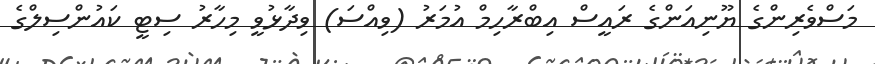
މަސްވެރިންގެ ޔޫނިއަންގެ ރައީސް އިބްރާހިމް އުމަރު (ވިއްސަ) ވިދާޅުވީ މިހާރު ސިޓީ ކައުންސިލްގެ